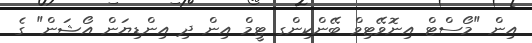
އިން "މޯސްޓް އިނޮވޭޓިވް ބޭންކިންގ ޓީމް އިން ދި އިންޑިޔަން އޯޝަން" ގެ